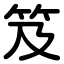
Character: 笈